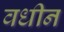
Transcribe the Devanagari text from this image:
वधीन